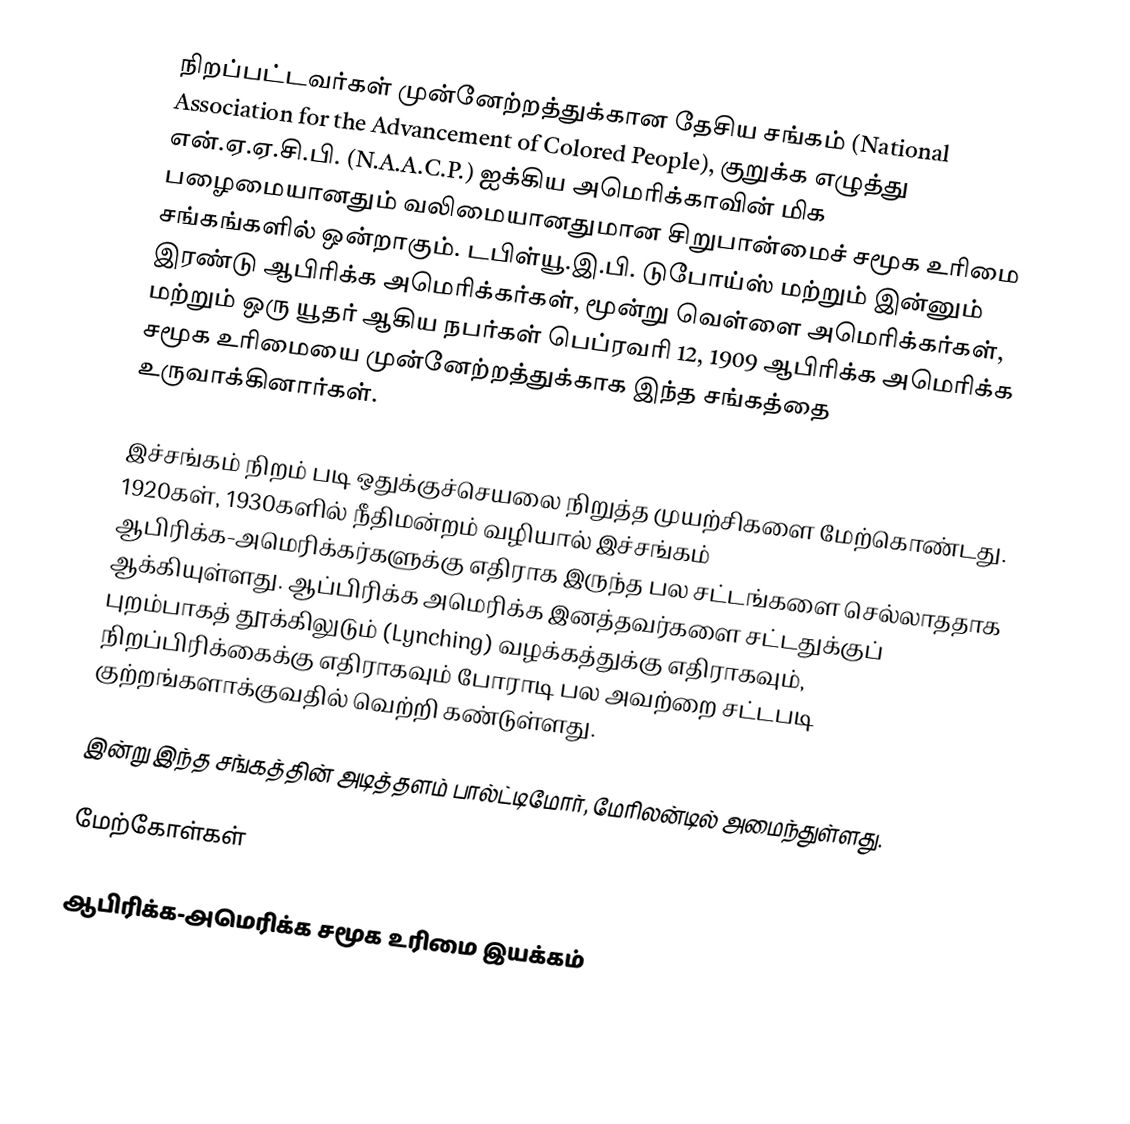
நிறப்பட்டவர்கள் முன்னேற்றத்துக்கான தேசிய சங்கம் (National Association for the Advancement of Colored People), குறுக்க எழுத்து என்.ஏ.ஏ.சி.பி. (N.A.A.C.P.) ஐக்கிய அமெரிக்காவின் மிக பழைமையானதும் வலிமையானதுமான சிறுபான்மைச் சமூக உரிமை சங்கங்களில் ஒன்றாகும். டபிள்யூ.இ.பி. டுபோய்ஸ் மற்றும் இன்னும் இரண்டு ஆபிரிக்க அமெரிக்கர்கள், மூன்று வெள்ளை அமெரிக்கர்கள், மற்றும் ஒரு யூதர் ஆகிய நபர்கள் பெப்ரவரி 12, 1909 ஆபிரிக்க அமெரிக்க சமூக உரிமையை முன்னேற்றத்துக்காக இந்த சங்கத்தை உருவாக்கினார்கள்.

இச்சங்கம் நிறம் படி ஒதுக்குச்செயலை நிறுத்த முயற்சிகளை மேற்கொண்டது. 1920கள், 1930களில் நீதிமன்றம் வழியால் இச்சங்கம் ஆபிரிக்க-அமெரிக்கர்களுக்கு எதிராக இருந்த பல சட்டங்களை செல்லாததாக ஆக்கியுள்ளது. ஆப்பிரிக்க அமெரிக்க இனத்தவர்களை சட்டதுக்குப் புறம்பாகத் தூக்கிலுடும் (Lynching) வழக்கத்துக்கு எதிராகவும், நிறப்பிரிக்கைக்கு எதிராகவும் போராடி பல அவற்றை சட்டபடி குற்றங்களாக்குவதில் வெற்றி கண்டுள்ளது.

இன்று இந்த சங்கத்தின் அடித்தளம் பால்ட்டிமோர், மேரிலன்டில் அமைந்துள்ளது.

மேற்கோள்கள்

ஆபிரிக்க-அமெரிக்க சமூக உரிமை இயக்கம்